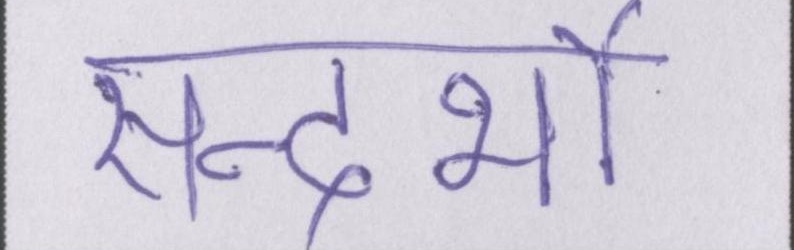
सन्दर्भो